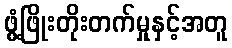
ဖွံ့ဖြိုးတိုးတက်မှုနှင့်အတူ